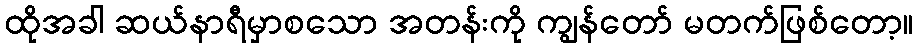
ထိုအခါ ဆယ်နာရီမှာစသော အတန်းကို ကျွန်တော် မတက်ဖြစ်တော့။